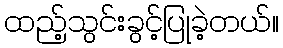
ထည့်သွင်းခွင့်ပြုခဲ့တယ်။